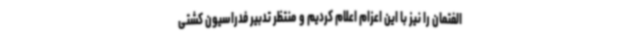
الفتمان را نیز با این اعزام اعلام کردیم و منتظر تدبیر فدراسیون کشتی